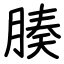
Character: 腠